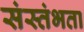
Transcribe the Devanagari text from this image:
संस्तंभता